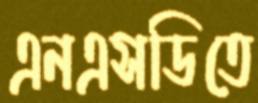
এনএসডিতে